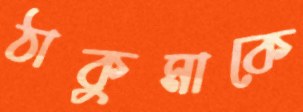
ঠাকুমাকে